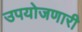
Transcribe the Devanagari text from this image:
उपयोजणारी